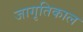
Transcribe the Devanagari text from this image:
जागृतिकाल